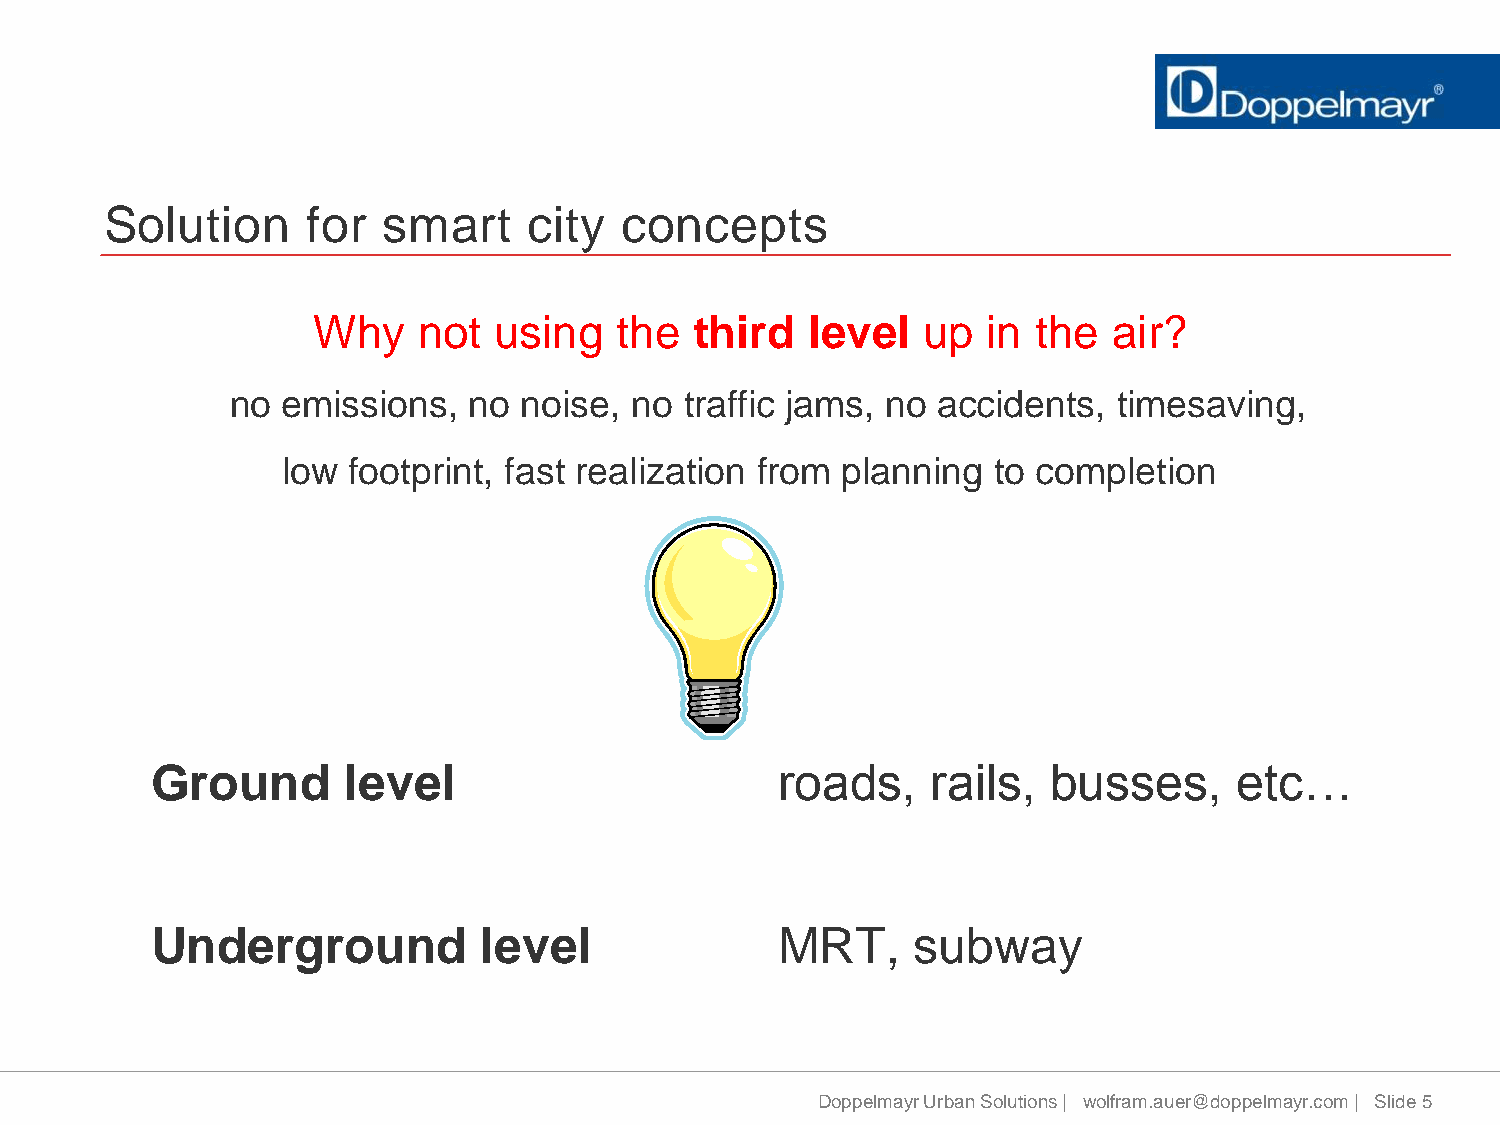
Solution     for  smart     city  concepts
 Why    not  using   the  third   level  up  in  the  air?
 no  emissions,  no  noise, no traffic jams, no accidents,  timesaving,
 low footprint, fast realization from planning  to completion
 Ground       level                        roads,    rails,  busses,     etc…
 Underground           level               MRT,     subway
 Doppelmayr Urban Solutions | wolfram.auer@doppelmayr.com | Slide 5